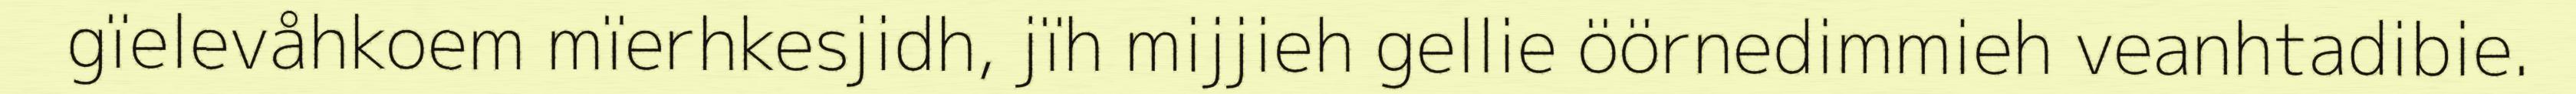
gïelevåhkoem mïerhkesjidh, jïh mijjieh gellie öörnedimmieh veanhtadibie.